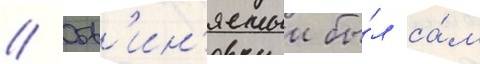
// Обв'ин'яемыи бы́л са́м